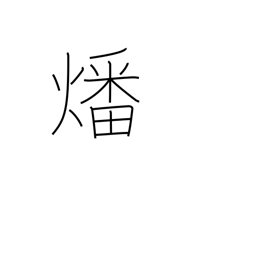
Meaning: burn